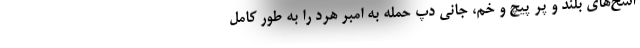
اسخ‌های بلند و پر پیچ و خم، جانی دپ حمله به امبر هرد را به طور کامل